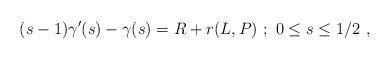
LaTeX: \begin{align*}(s-1)\gamma'(s) - \gamma(s) = R + r(L,P) \ ; \ 0 \le s \le 1/2 \ ,\end{align*}